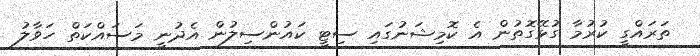
ތަރައްގީ ކުރުމާ ގުޅޭގޮތުން އެ ކޮމިޝަނުގައި ސިޓީ ކައުންސިލުން އެދުނީ މަސައްކަތް ހަވާލު